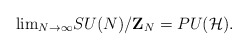
\begin{align*}{\rm lim}_{N\to\infty} SU(N)/{\bf Z}_N=PU({\cal H}).\end{align*}